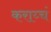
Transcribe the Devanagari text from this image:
कराय्चं